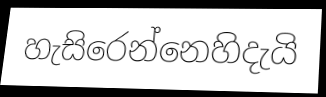
හැසිරෙන්නෙහිදැයි